Vaccination United Provinces of Agra and Oudh 1914-1922 - 1914-1922
Year: 1914
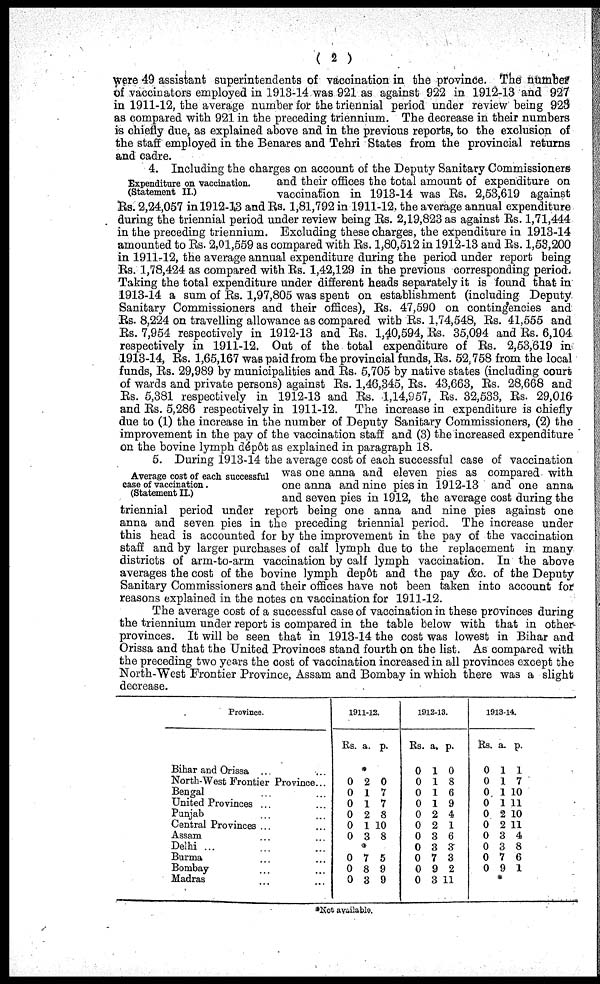
( 2 )
were 49 assistant superintendents of vaccination in the province. The number
of vaccinators employed in 1913-14 was 921 as against 922 in 1912-13 and 927
in 1911-12, the average number for the triennial period under review being 923
as compared with 921 in the preceding triennium. The decrease in their numbers
is chiefly due, as explained above and in the previous reports, to the exclusion of
the staff employed in the Benares and Tehri States from the provincial returns
and cadre.
Expenditure on vaccination.
(Statement II.)
4. Including the charges on account of the Deputy Sanitary Commissioners
and their offices the total amount of expenditure on
vaccination in 1913-14 was Rs. 2,53,619 against
Rs. 2,24,057 in 1912-13 and Rs. 1,81,792 in 1911-12. the average annual expenditure
during the triennial period under review being Rs. 2,19,823 as against Rs. 1,71,444
in the preceding triennium. Excluding these charges, the expenditure in 1913-14
amounted to Rs. 2,01,559 as compared with Rs. 1,80,512 in 1912-13 and Rs. 1,53,200
in 1911-12, the average annual expenditure during the period under report being
Rs. 1,78,424 as compared with Rs. 1,42,129 in the previous corresponding period.
Taking the total expenditure under different heads separately it is found that in
1913-14 a sum of Rs. 1,97,805 was spent on establishment (including Deputy
Sanitary Commissioners and their offices), Rs. 47,590 on contingencies and
Rs. 8,224 on travelling allowance as compared with Rs. 1,74,548, Rs. 41,555 and
Rs. 7,954 respectively in 1912-13 and Rs. 1,40,594, Rs. 35,094 and Rs. 6,104
respectively in 1911-12. Out of the total expenditure of Rs. 2,53,619 in
1913-14, Rs. 1,65,167 was paid from the provincial funds, Rs. 52,758 from the local
funds, Rs. 29,989 by municipalities and Rs. 5,705 by native states (including court
of wards and private persons) against Rs. 1,46,345, Rs. 43,663, Rs. 28,668 and
Rs. 5,381 respectively in 1912-13 and Rs. 1,14,957, Rs. 32,533, Rs. 29,016
and Rs. 5,286 respectively in 1911-12. The increase in expenditure is chiefly
due to (1) the increase in the number of Deputy Sanitary Commissioners, (2) the
improvement in the pay of the vaccination staff and (3) the increased expenditure
on the bovine lymph dépôt as explained in paragraph 18.
Average cost of each successful
case of vaccination.
(Statement II.)
5. During 1913-14 the average cost of each successful case of vaccination
was one anna and eleven pies as compared with
one anna and nine pies in 1912-13 and one anna
and seven pies in 1912, the average cost during the
triennial period under report being one anna and nine pies against one
anna and seven pies in the preceding triennial period. The increase under
this head is accounted for by the improvement in the pay of the vaccination
staff and by larger purchases of calf lymph due to the replacement in many
districts of arm-to-arm vaccination by calf lymph vaccination. In the above
averages the cost of the bovine lymph depôt and the pay &c. of the Deputy
Sanitary Commissioners and their offices have not been taken into account for
reasons explained in the notes on vaccination for 1911-12.
The average cost of a successful case of vaccination in these provinces during
the triennium under report is compared in the table below with that in other-
provinces. It will be seen that in 1913-14 the cost was lowest in Bihar and
Orissa and that the United Provinces stand fourth on the list. As compared with
the preceding two years the cost of vaccination increased in all provinces except the
North-West Frontier Province, Assam and Bombay in which there was a slight
decrease.
Province.
Bihar and Orissa ... ...
North-West Frontier Province...
Bengal ... ... ...
United Provinces ... ...
Punjab ... ... ...
Central Provinces ... ...
Assam ... ... ...
Delhi
...
...
...
Burma ... ... ...
Bombay ... ... ...
Madras ... ... ...
1911-12.
Rs. a. p.
*
0
0
0
0
0
0
2
1
1
2
1
3
0
7
7
8
10
8
*
0
0
0
7
8
3
5
9
9
1912-13.
Rs.
0
0
0
0
0
0
0
0
0
0
0
a.
1
1
1
1
2
2
3
3
7
9
3
p.
0
8
6
9
4
1
6
3
3
2
11
1913-14.
Rs.
0
0
0
0
0
0
0
0
0
0
a.
1
1
1
1
2
2
3
3
7
9
p.
1
7
10
11
10
11
4
8
6
1
*
*Not available.